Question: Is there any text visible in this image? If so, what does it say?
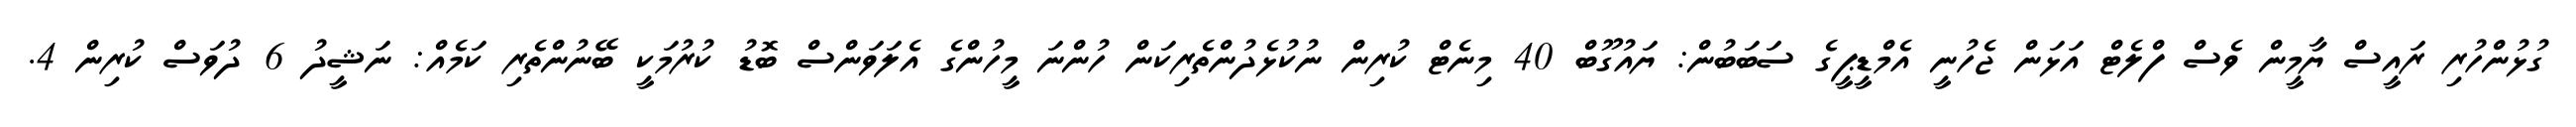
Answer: ގުޅުންހުރި ރައީސް ޔާމީން ވެސް ފްލެޓް އަޅަން ޖެހުނީ އެމްޑީޕީގެ ސަބަބުން: ޔައުގޫބް 40 މިނެޓް ކުރިން ނުކުޅެދުންތެރިކަން ހުންނަ މީހުންގެ އެލަވަންސް ބޮޑު ކުރުމަކީ ބޭނުންތެރި ކަމެއް: ނަޝީދު 6 ދުވަސް ކުރިން 4.